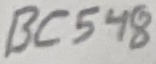
Text: BC548